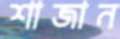
শাজান